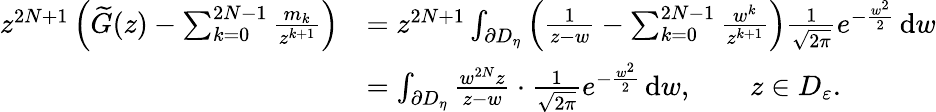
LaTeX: \begin{array}{rl}{z^{2N+1}\left(\widetilde{G}(z)-\sum_{k=0}^{2N-1}\frac{m_{k}}{z^{k+1}}\right)}&{=z^{2N+1}\int_{\partial D_{\eta}}\left(\frac{1}{z-w}-\sum_{k=0}^{2N-1}\frac{w^{k}}{z^{k+1}}\right)\frac{1}{\sqrt{2\pi}}e^{-\frac{w^{2}}{2}}\, \mathrm{d}w}\\ &{=\int_{\partial D_{\eta}}\frac{w^{2N}z}{z-w}\cdot\frac{1}{\sqrt{2\pi}}e^{-\frac{w^{2}}{2}}\, \mathrm{d}w,\qquad z\in D_{\varepsilon}.}\end{array}